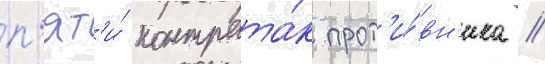
п'ят'и́ контрата́к прот'и́вн'ика //